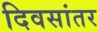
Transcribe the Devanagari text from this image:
दिवसांतर